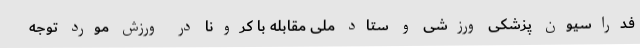
فدراسیون پزشکی ورزشی و ستاد ملی مقابله با کرونا در ورزش مورد توجه